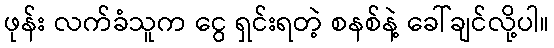
ဖုန်း လက်ခံသူက ငွေ ရှင်းရတဲ့ စနစ်နဲ့ ခေါ်ချင်လို့ပါ။